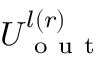
U _ { \mathrm { ~ o ~ u ~ t ~ } } ^ { l ( r ) }